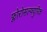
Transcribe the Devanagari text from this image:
फ्लोरोसल्फ्युरिक